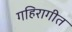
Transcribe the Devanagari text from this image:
गहिरागीत